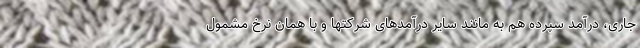
جاری، درآمد سپرده هم به مانند سایر درآمدهای شرکتها و با همان نرخ مشمول